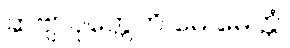
ဆဗျာပုတ္တေဟိ မေ မေတ္တံ၊